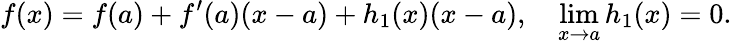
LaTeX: f(x)=f(a)+f^{\prime}(a)(x-a)+h_{1}(x)(x-a),\quad\operatorname*{lim}_{x\to a}h_{1}(x)=0.